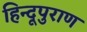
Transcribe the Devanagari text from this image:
हिन्दूपुराण